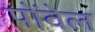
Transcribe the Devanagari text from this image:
पोंवेल